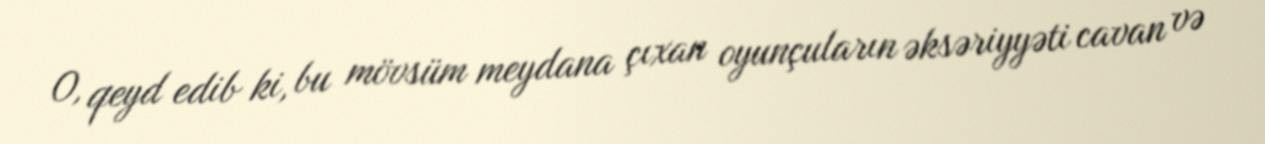
O, qeyd edib ki, bu mövsüm meydana çıxan oyunçuların əksəriyyəti cavan və